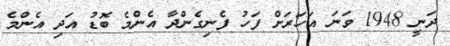
ދަނީ 1948 ވަނަ އަހަރަށް ފަހު ފެނިގެންދާ އެންމެ ބޮޑު އަދި އެންމެ